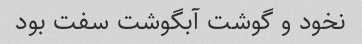
نخود و گوشت آبگوشت سفت بود